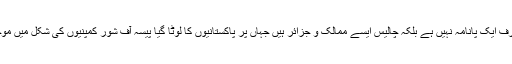
یہاں صرف ایک پانامہ نہیں ہے بلکہ چالیس ایسے ممالک و جزائر ہیں جہاں پر پاکستانیوں کا لوٹا گیا پیسہ آف شور کمپنیوں کی شکل میں موجود ہے۔